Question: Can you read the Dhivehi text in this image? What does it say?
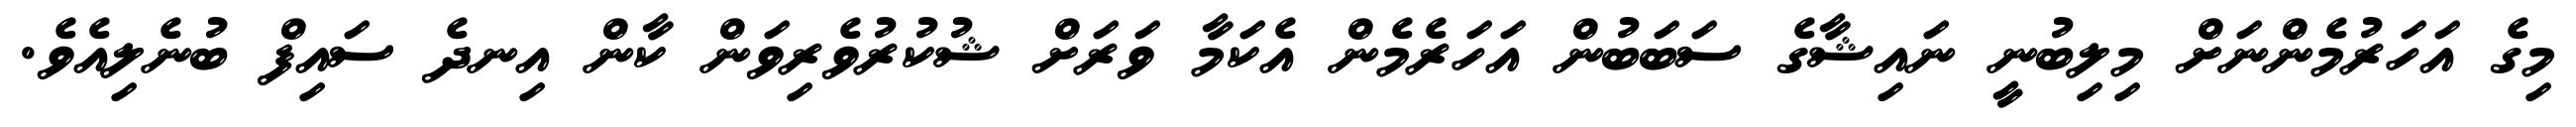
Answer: މިގެ އަހަރުމެންނަށް މިލިބުނީ ނައިޝާގެ ސަބަބުން އަހަރެމެން އެކަމާ ވަރަށް ޝުކުރުވެރިވަން ކާން އިނދެ ސައިފް ބުނެލިއެވެ.